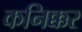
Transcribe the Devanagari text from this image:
कनिक्कर